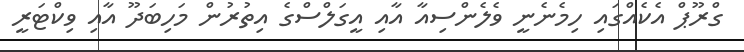
ގްރޫޕް އެކެއްގައި ހިމެނެނީ ވެލެންސިއާ އާއި އީގަލްސްގެ އިތުރުން މަހިބަދޫ އާއި ވިކްޓަރީ